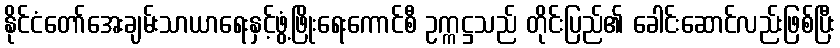
နိုင်ငံတော်အေးချမ်းသာယာရေးနှင့်ဖွံ့ဖြိုးရေးကောင်စီ ဥက္ကဋ္ဌသည် တိုင်းပြည်၏ ခေါင်းဆောင်လည်းဖြစ်ပြီး